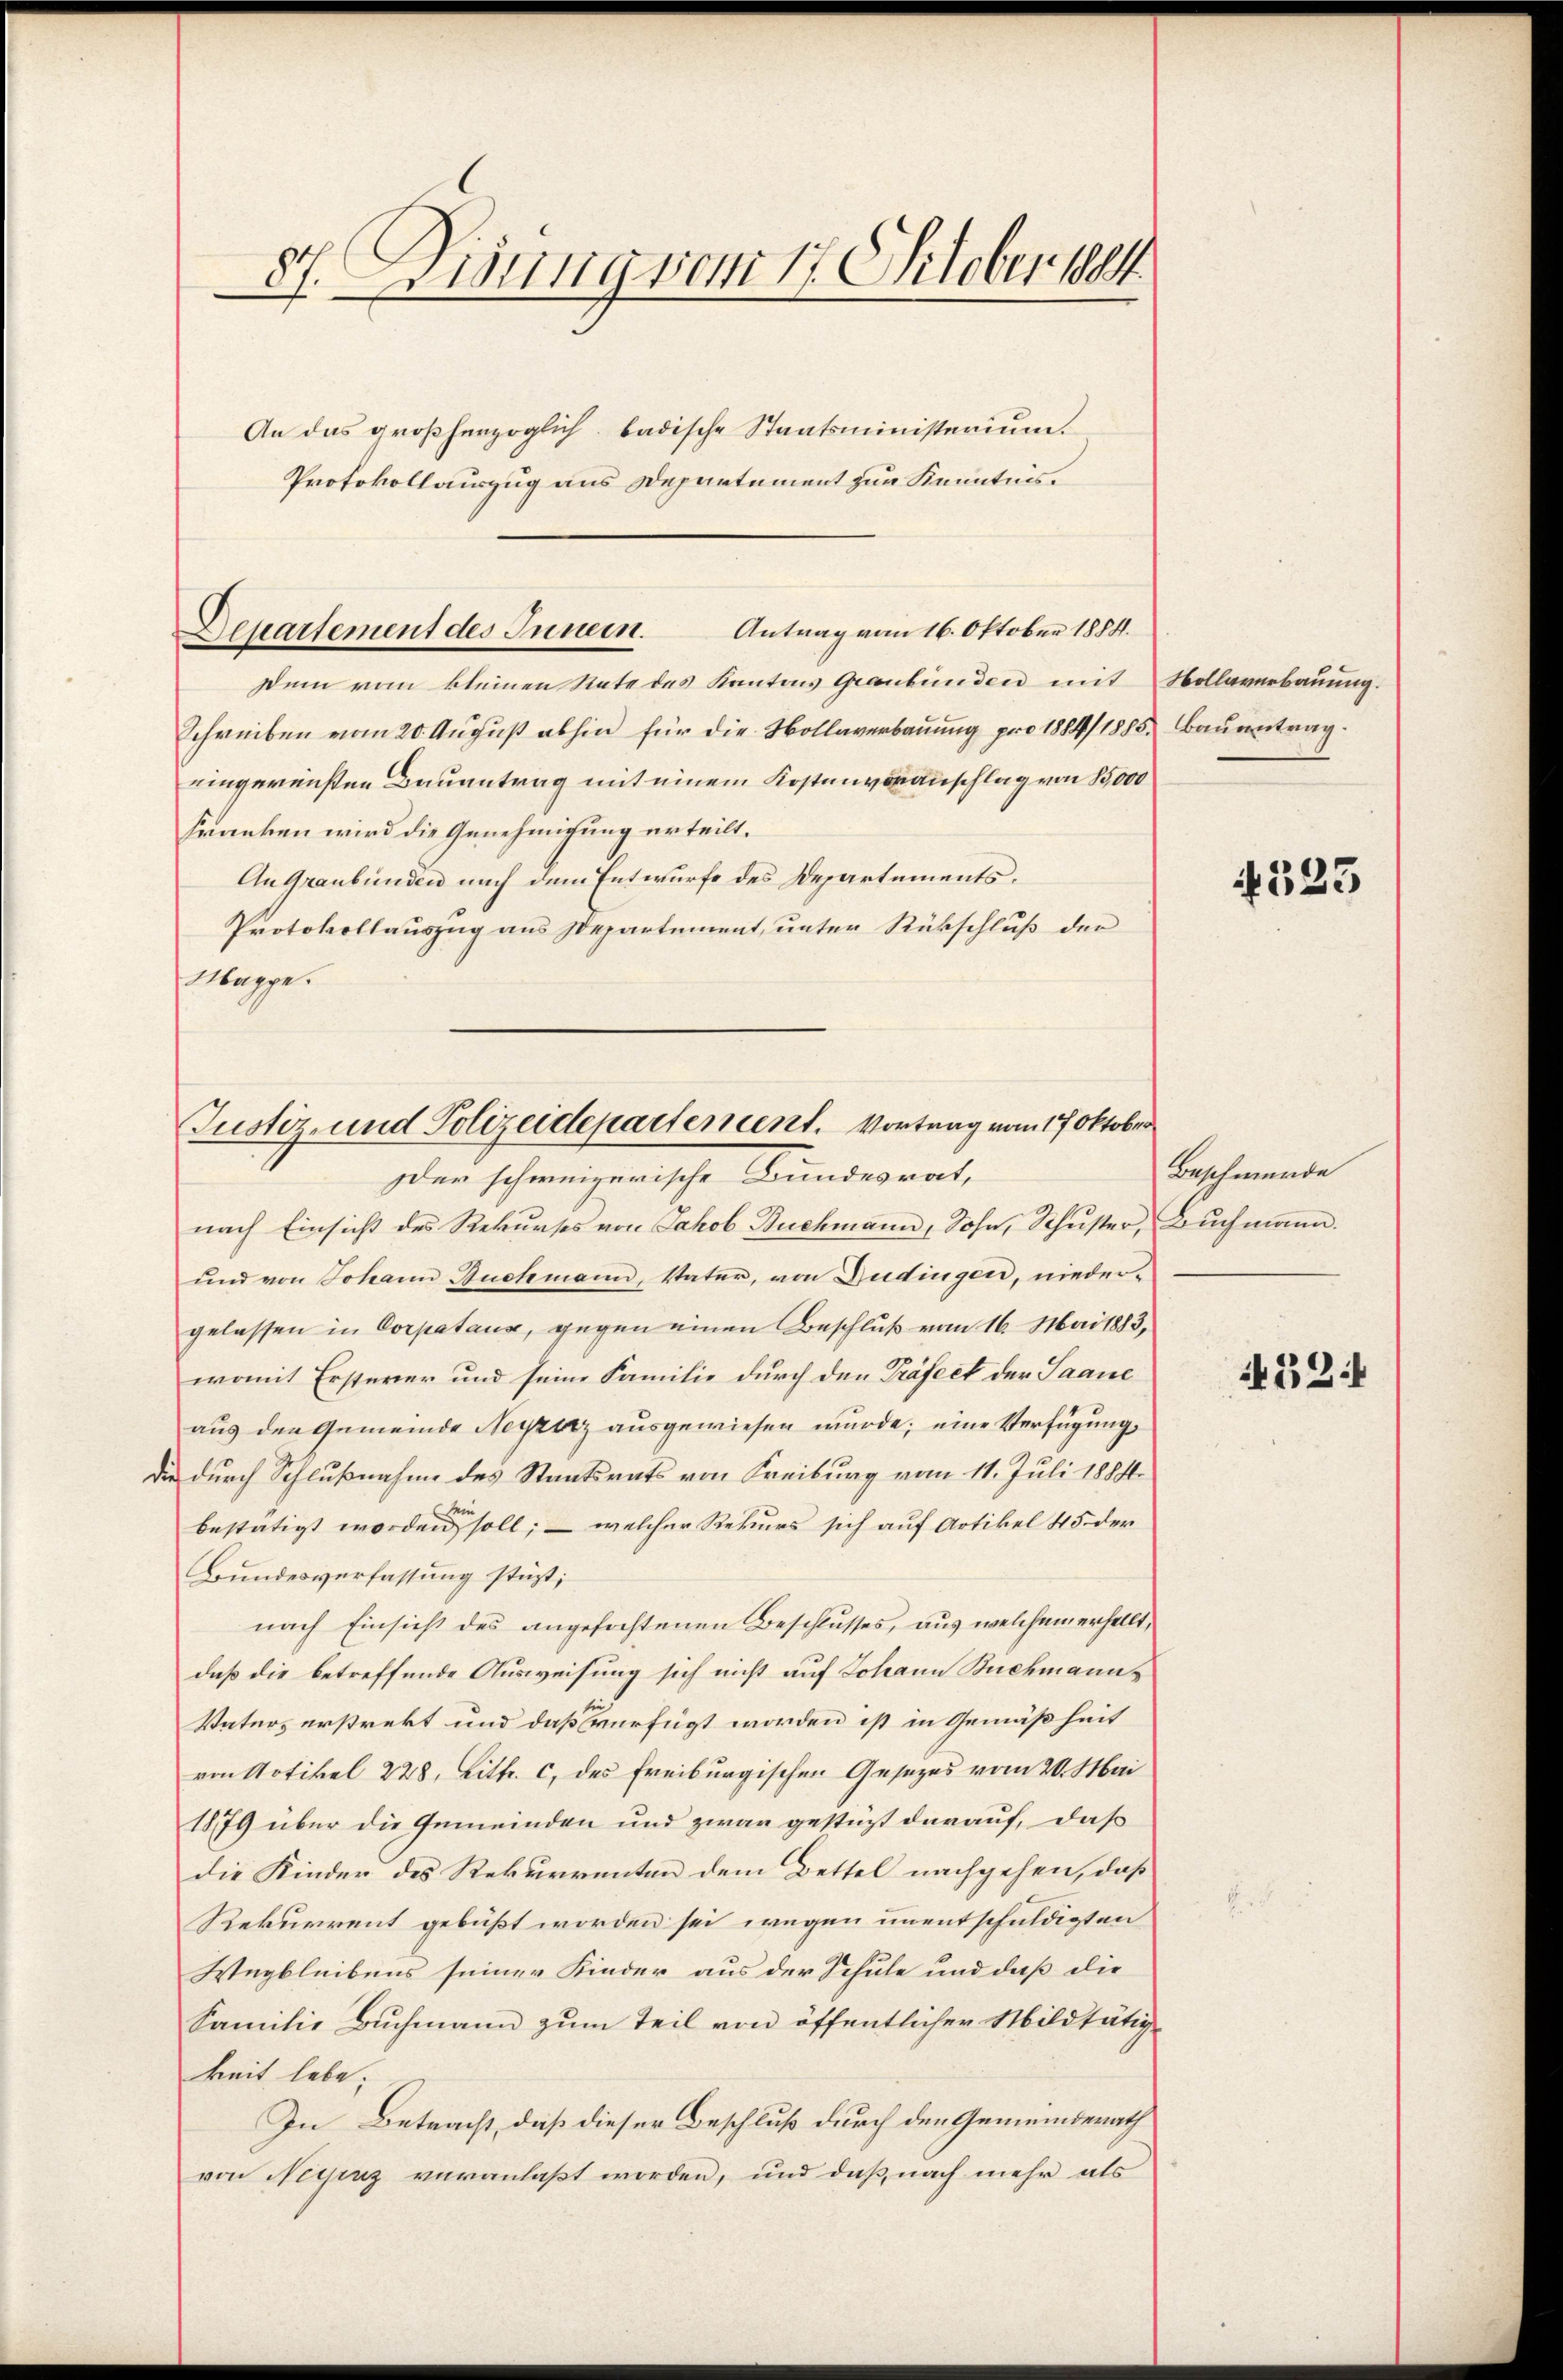
87. Eisung vom 17. Oktober 184
An das großherzoglich. badische Staatsministerium.
Protokollauszug aus Departement zur Kenntnis.

Dem vom kleinen Rate des Kantons Graubünden mit Hollaverbauung.
Schreiben vom 20. August abhin für die Hollaverbauung pro 1884/1883. Bauerntrag.
eingereichten Bauantrag mit einem Kostenvoranschlag von 15,000
Franken wird die Genehmigung erteilt.
An Graubünden nach dem Entwurfe des Departements¬
Protokollauszug aus Departement, unter Rückschluß der
Mappe.

Antrag vom 16. Oktober 1884.
Departement des Innern.

Justiz- und Polizeidepartement. Vortrag vom 17. Oktober
er schweizerische Bundesrat,

nach Einsicht des Rekurses von Jakob Buchmann, Sohn, Schuster, Buchmann.
und von Johann Buchmann, Vater, von Dudingen, nieder-
gelassen in Corpatana, gegen einen Beschluß vom 16. Mai 1883,
womit Ersterer und seine Familie durch den Präfect der Saane
aus den Gemeinde Neyzerz ausgewiesen wurde; eine Verfügung,
die durch Schlußnahme des Staatsrats von Freiburg vom 11. Juli 1884.
bestätigt worden soll; — welcher Rekurs sich auf Artikel 45. der
Bundesverfassung stüzt;
nach Einsicht des angefochtenen Beschlusses, aus welchem erhellt,
daß die betreffende Ausweisung sich nicht auf Johann Buchmann¬
Vaters erstrekt und daß verfügt worden ist in Gemäßheit
von Artikel 228, Litt. c, des Freiburgischen Gesezes vom 20. Mai
1879 über die Gemeinden und zwar gestüzt darauf, daß
die Kinder des Rekurrenten dem Bettel nachgehen, daß
Rekurrent gebüßt worden sei wegen unentschuldigten
Wegbleibens seiner Kinder aus der Schule und daß die
Familie Buchmann zum Teil von öffentlicher Mildtätigkeit lebe.
In Betracht, daß dieser Beschluß durch den Gemeinderath
von Negenz veranlaßt worden, und daß nach mehr als

4323

Beschwerde

52: